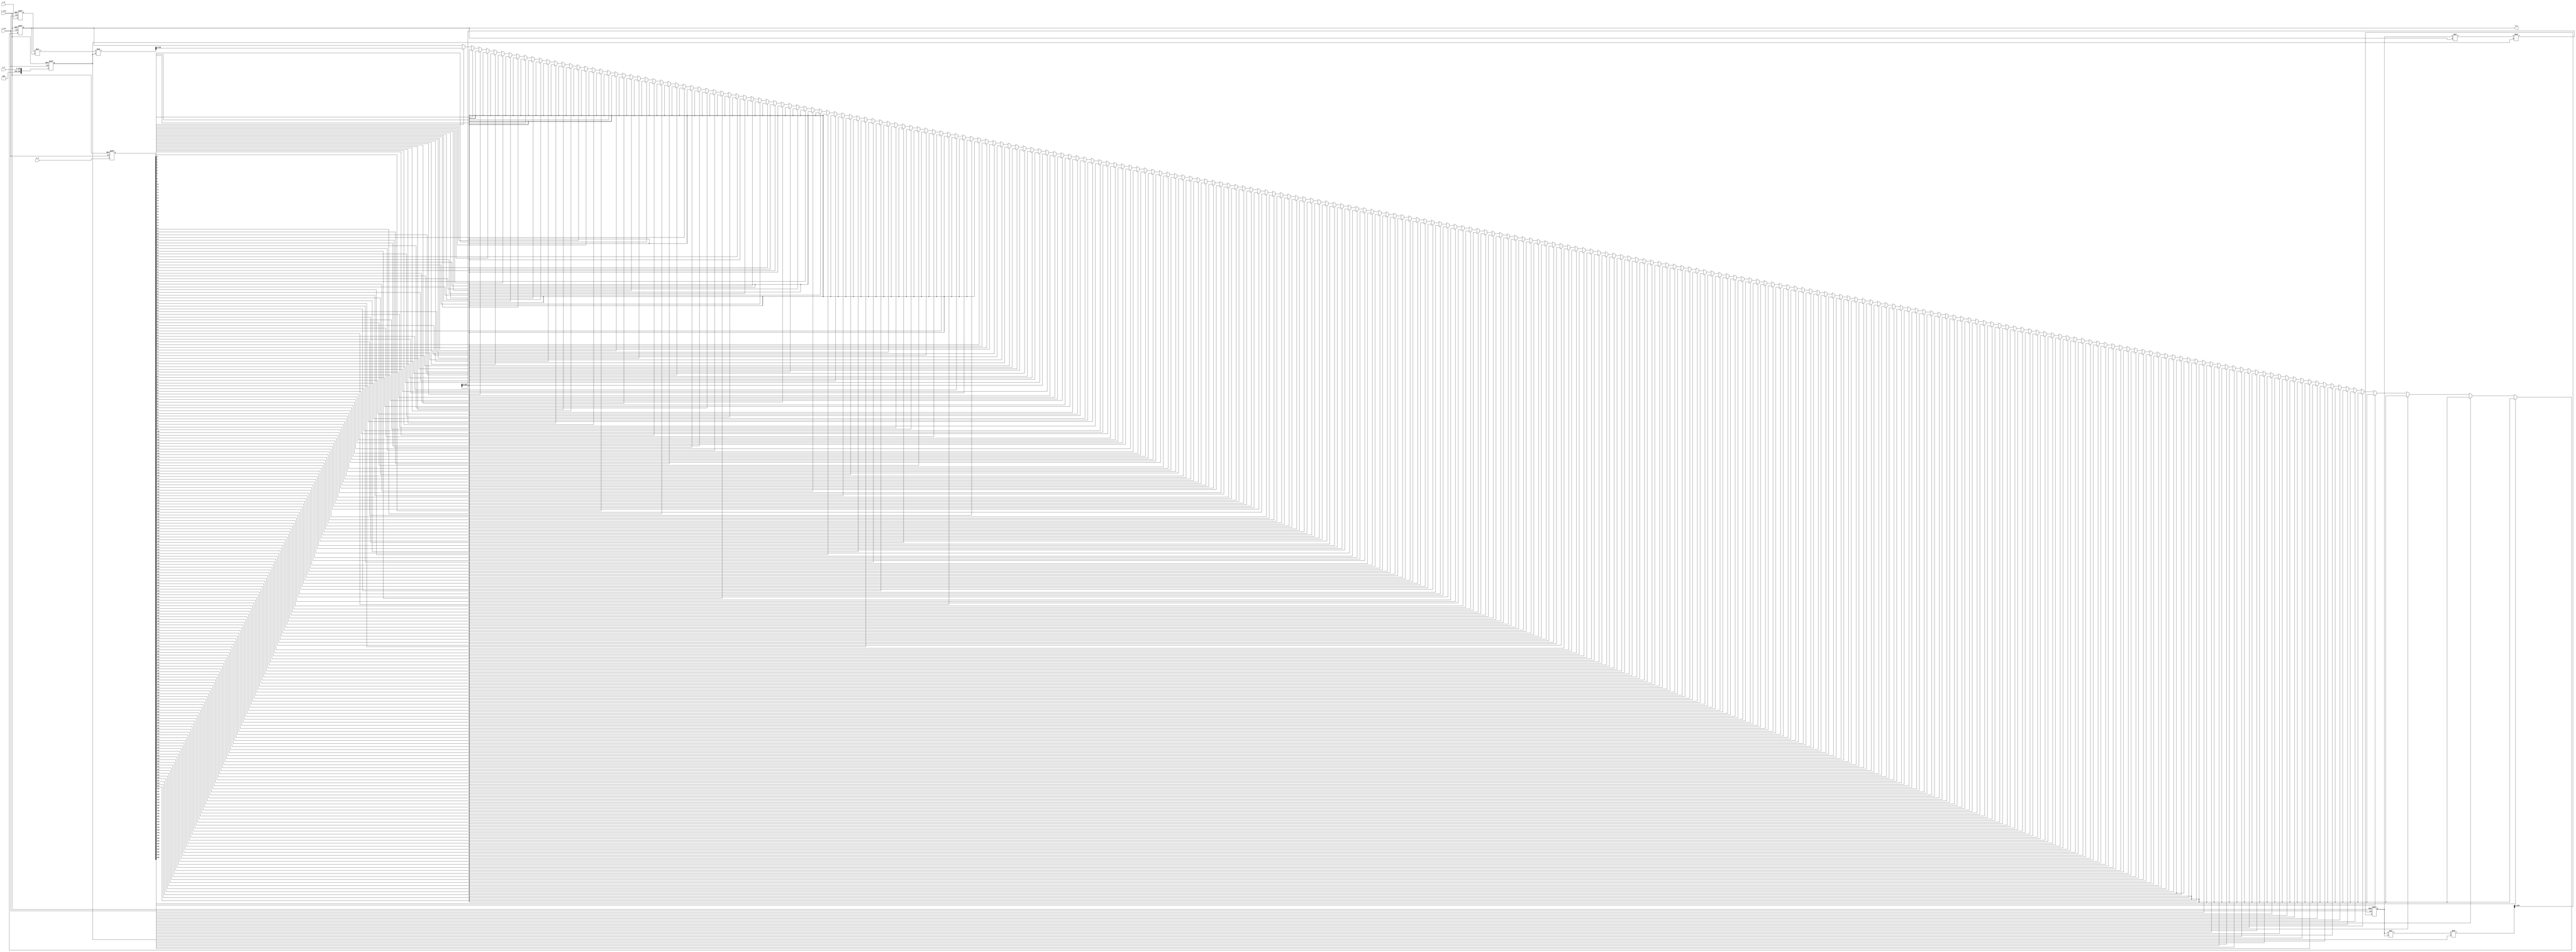
//the mmm mult with the NLP form for moduler ** M^E(mod N)
module mmm_nlp_montred #(
    parameter       ODW         =       256,
    parameter       IDW         =       256,
    parameter       OAW         =       24,
    parameter       OBW         =       16
)(
    input                       i_clk,
    input                       i_rstn,
    input   [IDW-1:0]           i_m,
    input   [IDW-1:0]           i_e,
    input   [IDW-1:0]           i_n,

    output  [ODW-1:0]           o_m
);

    //defination of reg and wire
    reg     [ODW+2:0]           buff_n;
    reg     [ODW-1:0]           buff_m;
    reg     [ODW-1:0]           buff_e;
    reg     [ODW-1:0]           buff_c;
    reg     [ODW-1:0]           buff_o_m;

    //control input
    always@(posedge i_clk or negedge i_rstn) begin
        if(!i_rstn) begin
            buff_n      <=  {(ODW+3){1'b0}};
            buff_e      <=  {(ODW){1'b0}};
            buff_m      <=  {(ODW){1'b0}};
        end
        else begin
            buff_n      <=  i_n;
            buff_e      <=  i_e;
            buff_m      <=  i_m;
        end
    end

    //calculate the mod
    integer i;
    always @(posedge i_clk or negedge i_rstn) begin
        if(!i_rstn) begin
            buff_c      <=  {{(ODW-1){1'b0}},1'b1};
        end
        else begin
            for(i=0;i<ODW+3;i=i+1) begin
                if(buff_e[i] && (i==0)) begin
                    buff_c  <=  buff_m * buff_c % buff_n;
                end
                else if(buff_e[i]) begin
                    buff_c  <=  buff_o_m * buff_c % buff_n;
                end
            end
        end
    end

    integer j;
    always @(posedge i_clk or negedge i_rstn) begin
        if(!i_rstn) begin
            buff_o_m    <=  {(ODW){1'b0}};  
        end
        else begin
            for(i=0;i<ODW+3;i=i+1) begin
                if(i == 0) begin
                    buff_o_m    <=  buff_m * buff_m % buff_n;
                end
                else begin
                    buff_o_m    <=  buff_o_m * buff_o_m % buff_n;
                end
            end
        end
    end

    assign  o_m     =   buff_c;

endmodule